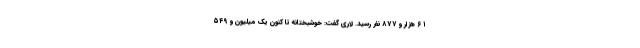
۶۱ هزار و ۸۷۷ نفر رسید. لاری گفت: خوشبختانه تا کنون یک میلیون و ۵۴۹